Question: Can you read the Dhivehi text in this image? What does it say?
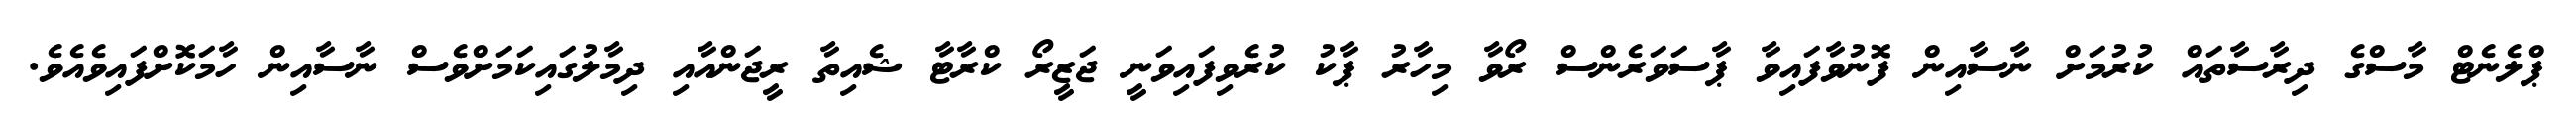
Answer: ޕްލެނެޓް މާސްގެ ދިރާސާތައް ކުރުމަށް ނާސާއިން ފޮނުވާފައިވާ ޕާސަވަރެންސް ރޯވާ މިހާރު ޕާކު ކުރެވިފައިވަނީ ޖަޒީރޯ ކްރާޓާ ޝެއިތާ ރީޖަންއާއި ދިމާލުގައިކަމަށްވެސް ނާސާއިން ހާމަކޮށްފައިވެއެވެ.